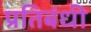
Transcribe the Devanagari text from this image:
प्रतिबंधी